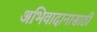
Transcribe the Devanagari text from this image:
अभिवादानासाठी